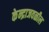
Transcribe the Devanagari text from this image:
केन्द्राजवळील